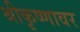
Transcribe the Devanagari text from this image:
श्रीकृष्णावर